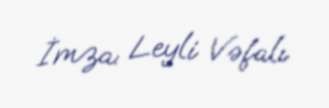
İmza: Leyli Vəfalı